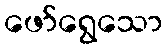
ဖော်ရွေသော